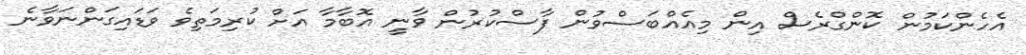
އެހެންކަމުން ކޮންގްރެސް އިން މިއެއްބަސްވުން ފާސްކުރުން ވާނީ އޮބާމާ އަށް ކުރިމަތިވެ ވަޑައިގަންނަވާނެ